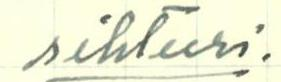
sihteeri.